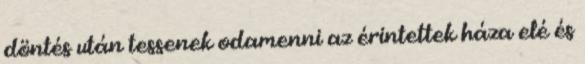
döntés után tessenek odamenni az érintettek háza elé és